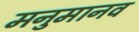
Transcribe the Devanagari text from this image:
मनुमानव